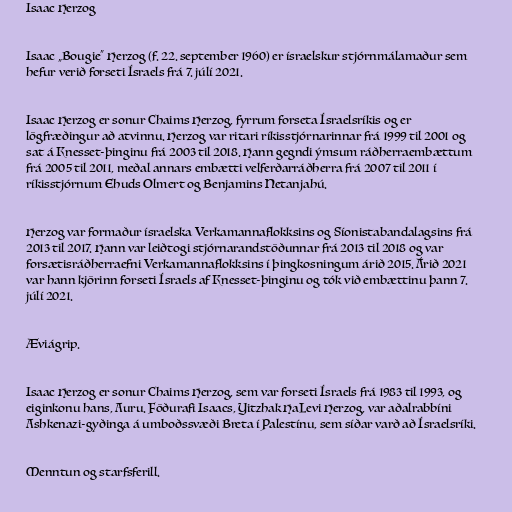
Isaac Herzog

Isaac „Bougie“ Herzog (f. 22. september 1960) er ísraelskur stjórnmálamaður sem
hefur verið forseti Ísraels frá 7. júlí 2021.

Isaac Herzog er sonur Chaims Herzog, fyrrum forseta Ísraelsríkis og er
lögfræðingur að atvinnu. Herzog var ritari ríkisstjórnarinnar frá 1999 til 2001 og
sat á Knesset-þinginu frá 2003 til 2018. Hann gegndi ýmsum ráðherraembættum
frá 2005 til 2011, meðal annars embætti velferðarráðherra frá 2007 til 2011 í
ríkisstjórnum Ehuds Olmert og Benjamins Netanjahú.

Herzog var formaður ísraelska Verkamannaflokksins og Síonistabandalagsins frá
2013 til 2017. Hann var leiðtogi stjórnarandstöðunnar frá 2013 til 2018 og var
forsætisráðherraefni Verkamannaflokksins í þingkosningum árið 2015. Árið 2021
var hann kjörinn forseti Ísraels af Knesset-þinginu og tók við embættinu þann 7.
júlí 2021.

Æviágrip.

Isaac Herzog er sonur Chaims Herzog, sem var forseti Ísraels frá 1983 til 1993, og
eiginkonu hans, Auru. Föðurafi Isaacs, Yitzhak HaLevi Herzog, var aðalrabbíni
Ashkenazi-gyðinga á umboðssvæði Breta í Palestínu, sem síðar varð að Ísraelsríki.

Menntun og starfsferill.